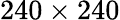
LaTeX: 240\times 240